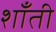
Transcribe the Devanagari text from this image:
शाँती